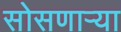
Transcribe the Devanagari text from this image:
सोसणाऱ्या